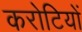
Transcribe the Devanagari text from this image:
करोटियों